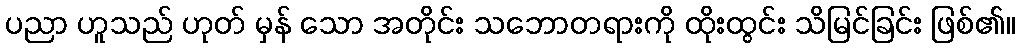
ပညာ ဟူသည် ဟုတ် မှန် သော အတိုင်း သဘောတရားကို ထိုးထွင်း သိမြင်ခြင်း ဖြစ်၏။